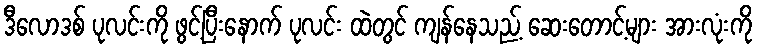
ဒီလောဒစ် ပုလင်းကို ဖွင့်ပြီးနောက် ပုလင်း ထဲတွင် ကျန်နေသည့် ဆေးတောင့်များ အားလုံးကို